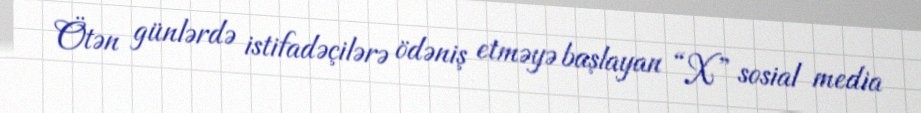
Ötən günlərdə istifadəçilərə ödəniş etməyə başlayan “X” sosial media